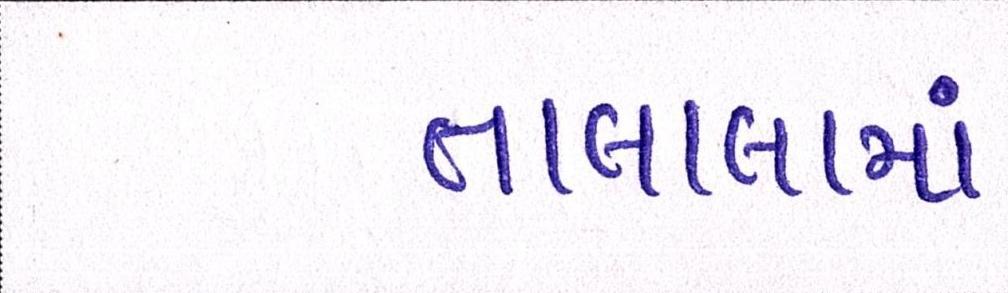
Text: તાલાલામાં